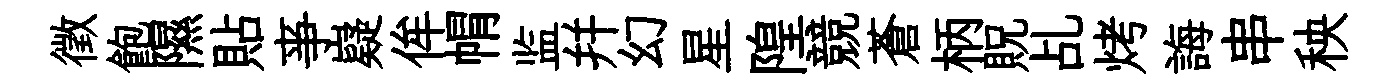
徵飽隰貼亊嶷侔㡌监幷幻星隍競蒼柄貺乩烤誨串秧